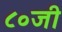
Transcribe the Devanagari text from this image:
८०जी